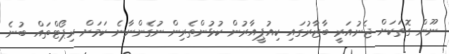
ނޫން ގޮތަކަށް ޖެނުއަރީ ބާޒާރުގައި ކިއުޕީއާރުން ކުޅުންތެރިން ނުގެންނާނެ ކަމަށް ރިޕޯޓްތައް ބުނެ